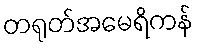
တရုတ်အမေရိကန်